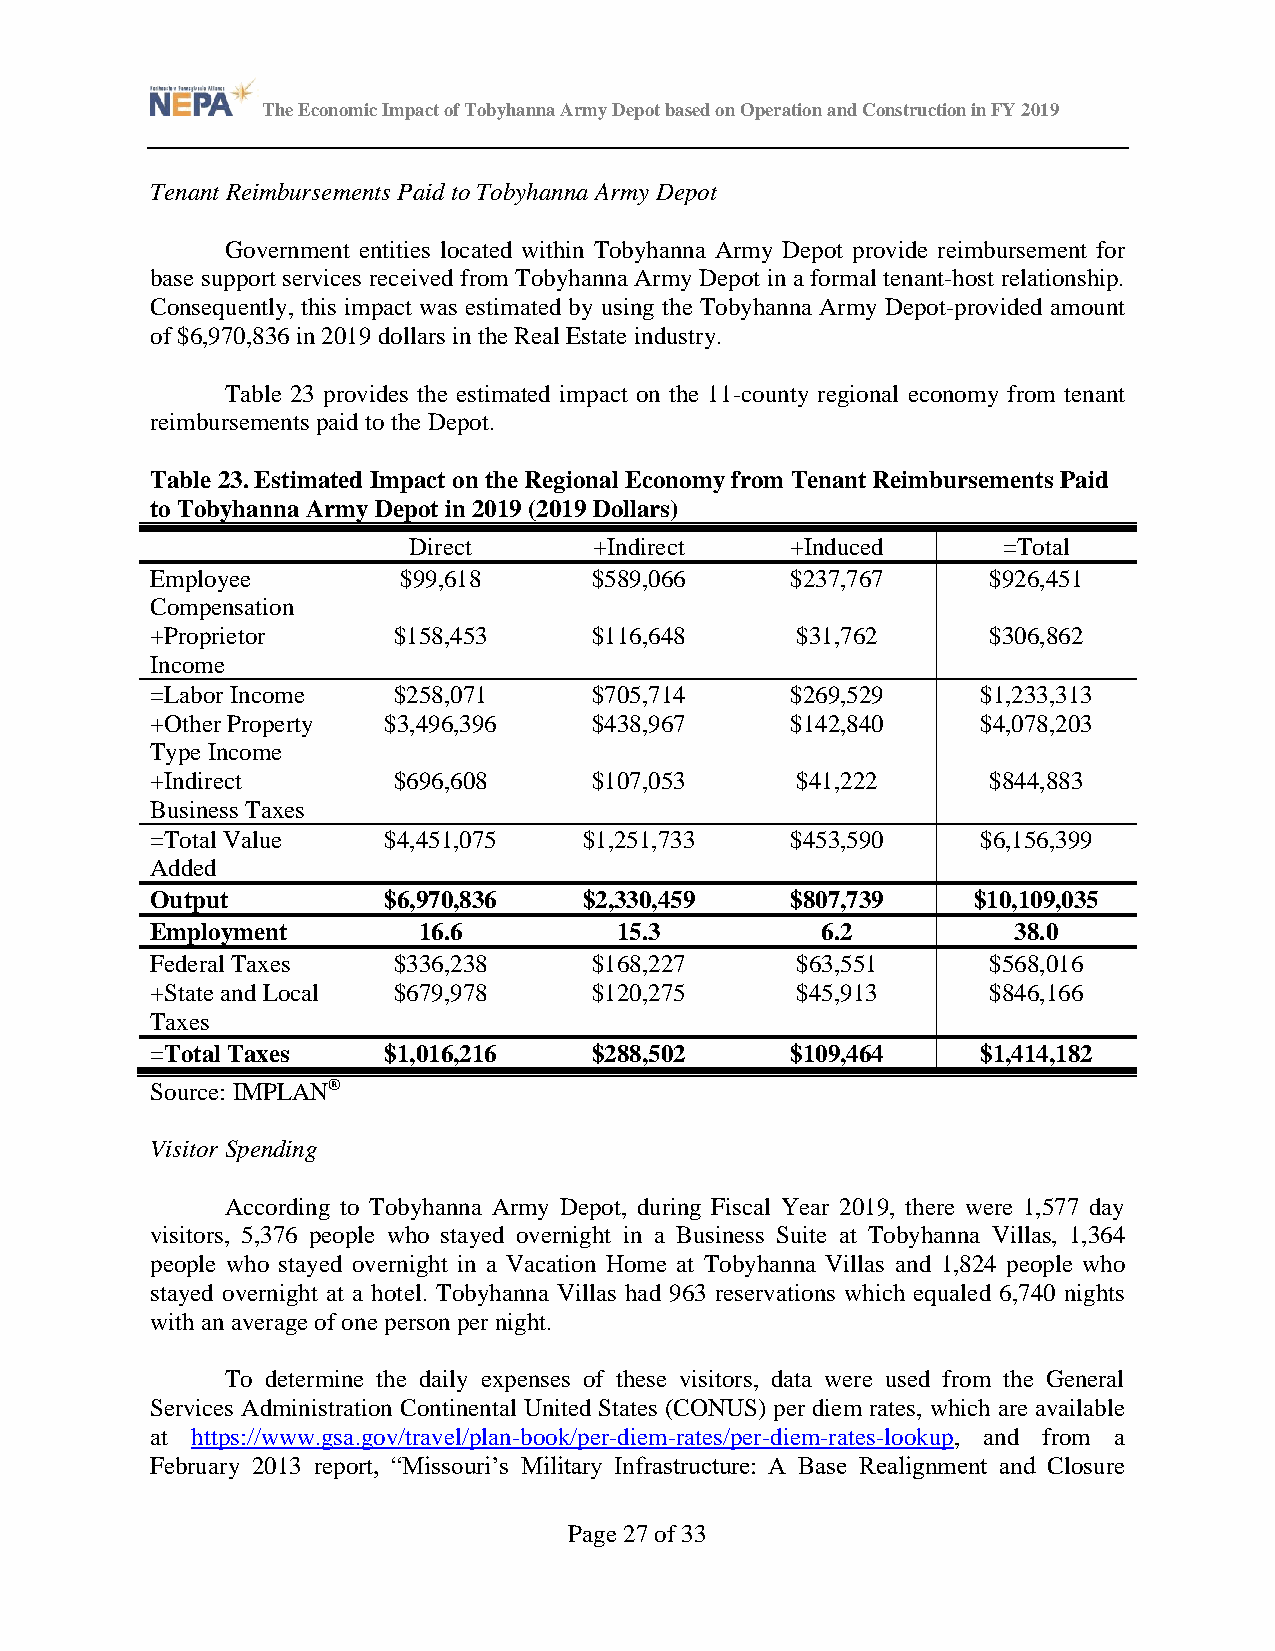
The Economic Impact of Tobyhanna Army Depot based on Operation and Construction in FY 2019
 Tenant Reimbursements Paid to Tobyhanna Army Depot
 Government entities located within Tobyhanna Army Depot provide reimbursement for
 base support services received from Tobyhanna Army Depot in a formal tenant-host relationship.
 Consequently, this impact was estimated by using the Tobyhanna Army Depot-provided amount
 of $6,970,836 in 2019 dollars in the Real Estate industry.
 Table 23 provides the estimated impact on the 11-county regional economy from tenant
 reimbursements paid to the Depot.
 Table 23. Estimated Impact on the Regional Economy from Tenant Reimbursements Paid
 to Tobyhanna Army Depot in 2019 (2019 Dollars)
 Direct      +Indirect    +Induced      =Total
 Employee        $99,618      $589,066     $237,767      $926,451
 Compensation
 +Proprietor     $158,453     $116,648      $31,762      $306,862
 Income
 =Labor Income   $258,071     $705,714     $269,529     $1,233,313
 +Other Property $3,496,396   $438,967     $142,840     $4,078,203
 Type Income
 +Indirect       $696,608     $107,053      $41,222      $844,883
 Business Taxes
 =Total Value   $4,451,075    $1,251,733   $453,590     $6,156,399
 Added
 Output         $6,970,836    $2,330,459   $807,739    $10,109,035
 Employment        16.6         15.3         6.2          38.0
 Federal Taxes   $336,238     $168,227      $63,551      $568,016
 +State and Local $679,978    $120,275      $45,913      $846,166
 Taxes
 =Total Taxes   $1,016,216    $288,502     $109,464     $1,414,182
 Source: IMPLAN®
 Visitor Spending
 According to Tobyhanna Army Depot, during Fiscal Year 2019, there were 1,577 day
 visitors, 5,376 people who stayed overnight in a Business Suite at Tobyhanna Villas, 1,364
 people who stayed overnight in a Vacation Home at Tobyhanna Villas and 1,824 people who
 stayed overnight at a hotel. Tobyhanna Villas had 963 reservations which equaled 6,740 nights
 with an average of one person per night.
 To determine the daily expenses of these visitors, data were used from the General
 Services Administration Continental United States (CONUS) per diem rates, which are available
 at https://www.gsa.gov/travel/plan-book/per-diem-rates/per-diem-rates-lookup, and from a
 February 2013 report, “Missouri’s Military Infrastructure: A Base Realignment and Closure
 Page 27 of 33